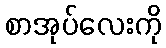
စာအုပ်လေးကို